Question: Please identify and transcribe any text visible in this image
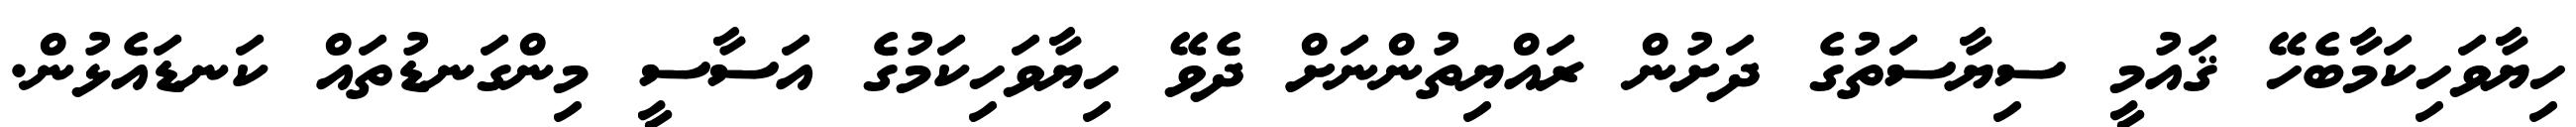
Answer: ހިޔާވަހިކަމާބެހޭ ޤައުމީ ސިޔާސަތުގެ ދަށުން ރައްޔިތުންނަށް ދެވޭ ހިޔާވަހިކަމުގެ އަސާސީ މިންގަނޑުތައް ކަނޑައެޅުން.